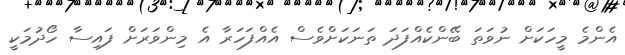
އެންމެ މީހަކަށް ނުވަތަ ބޭންކެއްފަދަ ތަނަކަށްވެސް އެއްފަހަރާ އެ މިންވަރަށް ފައިސާ ހޯދުމަކީ